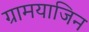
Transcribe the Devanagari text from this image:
ग्रामयाजिन